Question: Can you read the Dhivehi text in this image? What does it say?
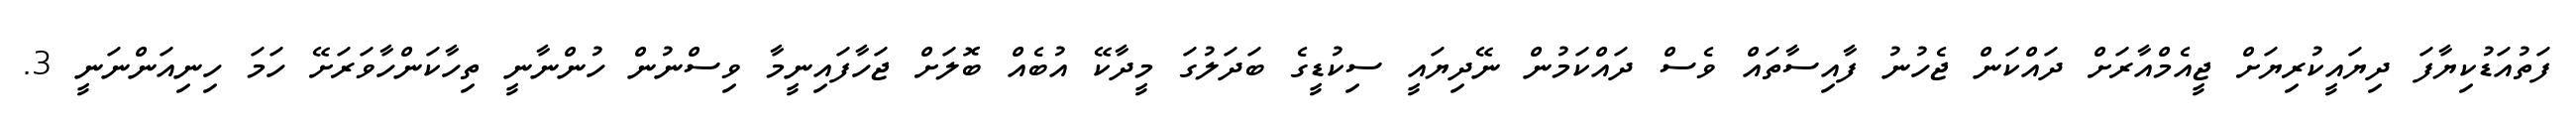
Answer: ފަތުއަޑުކިޔާފަ ދިޔައީކުރިޔަށް ޖީއެމްއާރަށް ދައްކަން ޖެހުނު ފާއިސާތައް ވެސް ދައްކަމުން ނޭދިޔައީ ސިކުޑީގެ ބަދަލުގަ މީދާކޭ އުބެއް ބޮލަށް ޖަހާފައިނީމާ ވިސްނުން ހުންނާނީ ތިހާކަންހާވަރަށޭ ހަމަ ހިނިއަންނަނީ 3.